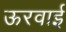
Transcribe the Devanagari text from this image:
ऊरवाई